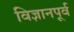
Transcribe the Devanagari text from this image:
विज्ञानपूर्व